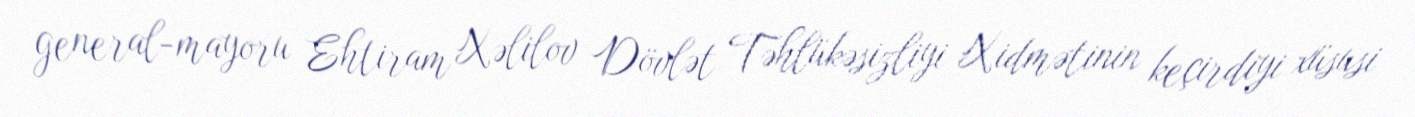
general-mayoru Ehtiram Xəlilov Dövlət Təhlükəsizliyi Xidmətinin keçirdiyi xüsusi